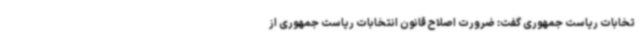
تخابات ریاست جمهوری گفت: ضرورت اصلاح قانون انتخابات ریاست جمهوری از